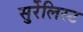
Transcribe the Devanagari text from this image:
सुर्रेलिस्ट